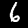
Label: 6